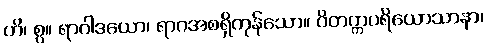
ဟိ၊ စွ။ ရာဂါဒယော၊ ရာဂအစရှိကုန်သော။ ဝိတက္ကပရိယောသာနာ၊